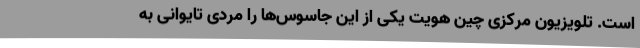
است. تلویزیون مرکزی چین هویت یکی از این جاسوس‌ها را مردی تایوانی به